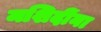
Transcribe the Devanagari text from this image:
मशिदींना